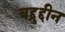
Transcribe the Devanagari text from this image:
बद्द्रुद्दीन